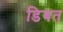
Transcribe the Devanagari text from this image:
डिबत